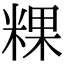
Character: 粿